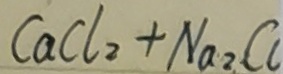
C a C l _ { 2 } + N a _ { 2 } C _ { 6 }